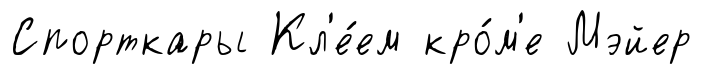
Спорткары Кл'е́ем кро́м'е Мэйер